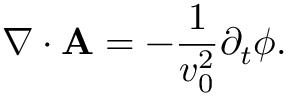
\boldsymbol { \nabla } \cdot \mathbf { A } = - \frac { 1 } { v _ { 0 } ^ { 2 } } \partial _ { t } \phi .